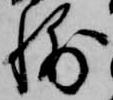
輔